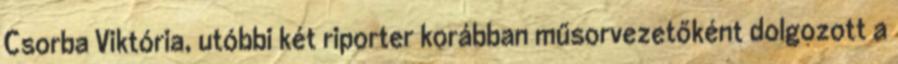
Csorba Viktória, utóbbi két riporter korábban műsorvezetőként dolgozott a